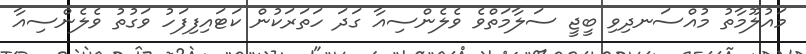
މައުލޫމާތު މުއްސަނދިވި ބީޖީ ސަލާމަތްވެ ވެލެންސިއާ ގަދަ ހަތަރަކުން ކަޓައިފިފަހު ވަގުތު ވެލެންސިއާ